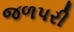
જળપરી